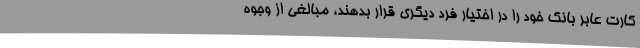
کارت عابر بانک خود را در اختیار فرد دیگری قرار بدهند، مبالغی از وجوه